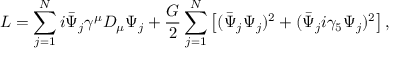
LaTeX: { \cal L } = \sum _ { j = 1 } ^ { N } i \bar { \Psi } _ { j } \gamma ^ { \mu } D _ { \mu } \Psi _ { j } + \frac { G } { 2 } \sum _ { j = 1 } ^ { N } \left[ ( \bar { \Psi } _ { j } \Psi _ { j } ) ^ { 2 } + ( \bar { \Psi } _ { j } i \gamma _ { 5 } \Psi _ { j } ) ^ { 2 } \right] ,